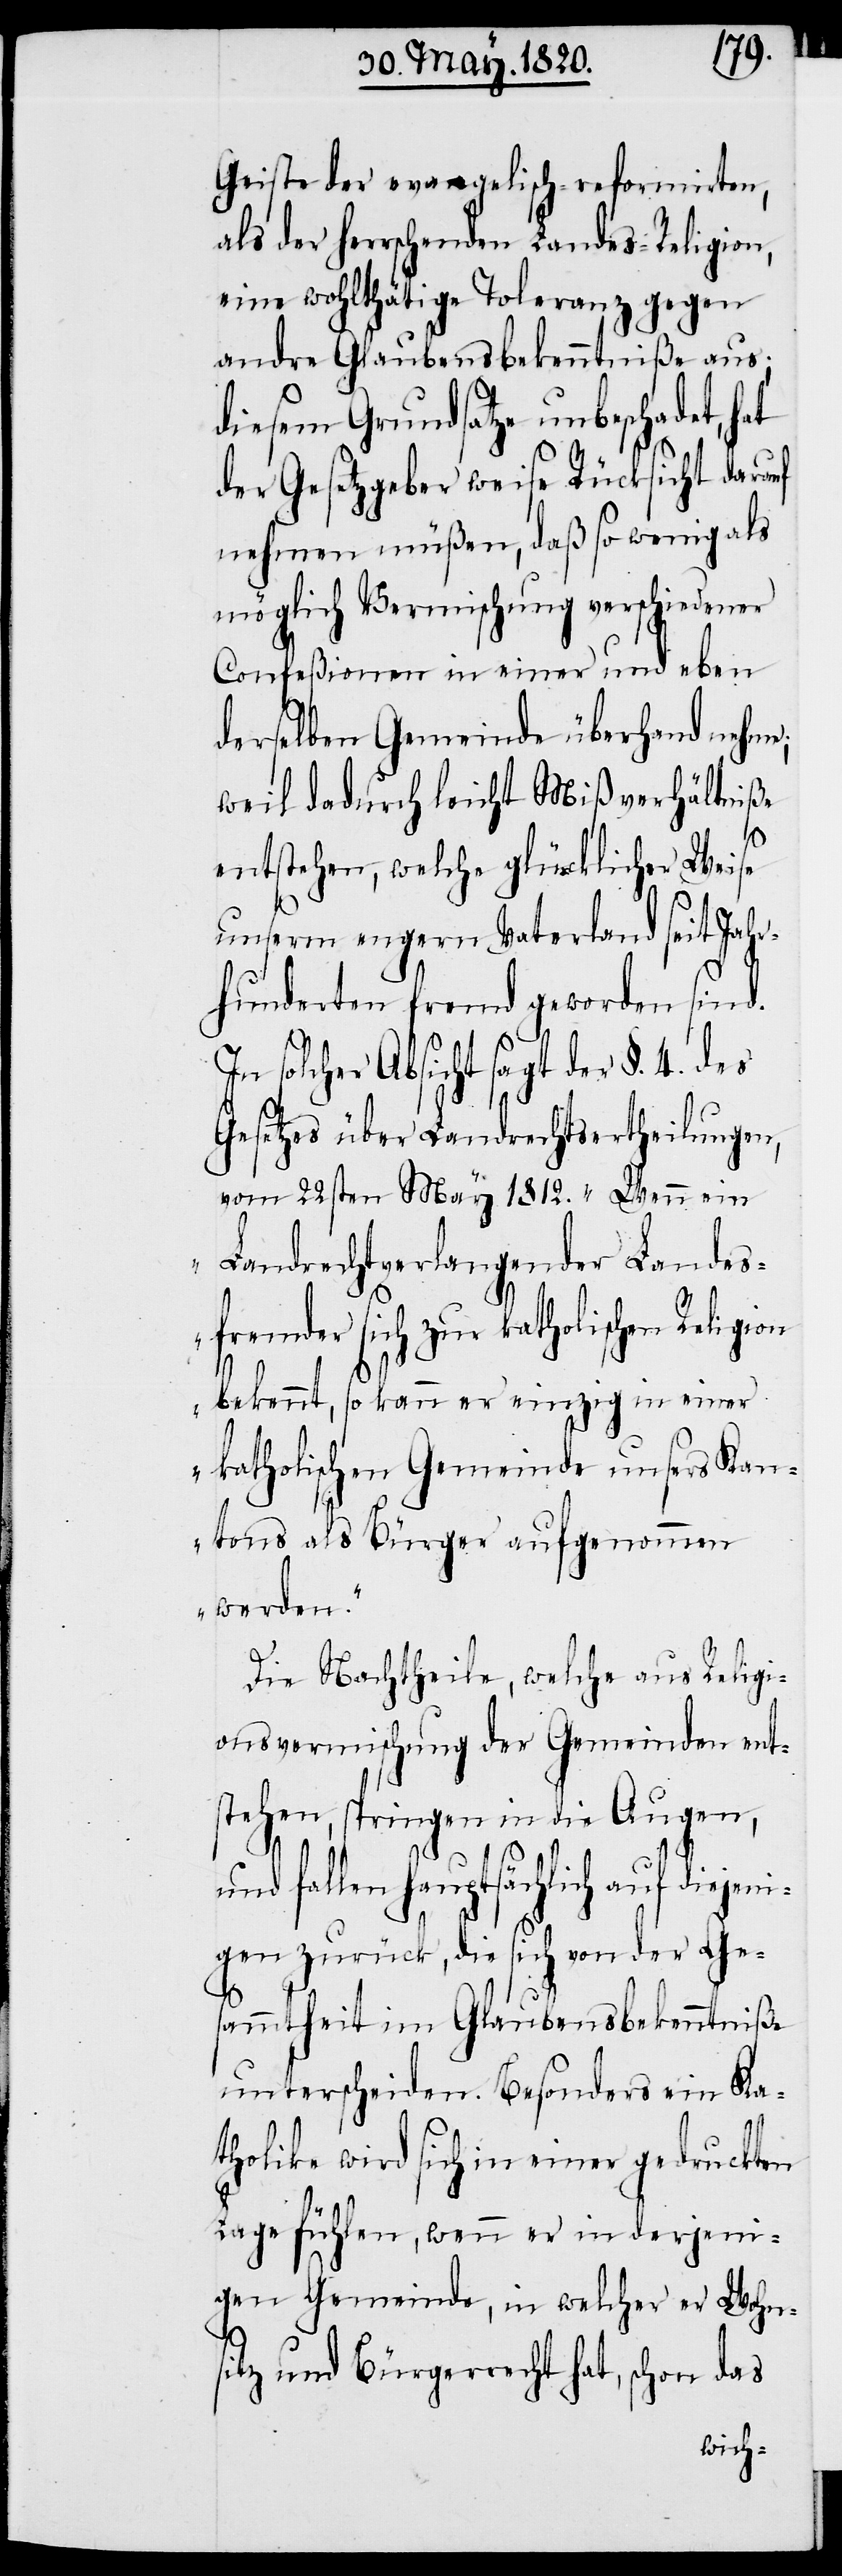
Geiste der evangelisch-reformirten,
als der herrschenden Landes-Religion,
eine wohlthätige Toleranz gegen
andre Glaubensbekenntniße aus;
diesen Grundsatze unbeschadet, hat
der Gesetzgeber weise Rücksicht darauf
nehmen müßen, daß so wenig als
möglich Vermischung verschiedener
Confeßionen in einer und eben
derselben Gemeinde überhand nehme;
weil dadurch leicht Mißverhältniße
entstehen, welche glücklicher Weise
unserm engern Vaterland seit Jahr¬
hunderten fremd geworden sind.
solcher Absicht sagt der §. 4. des
Gesetzes über Landrechtsertheilungen,
vom 22sten May 1812. „Wenn ein
Landrechtsverlangender Landes¬
fremder sich zur katholischen Religion
bekennt, so kann er einzig in einer
katholischen Gemeinde unsers Kan¬
tons als Bürger aufgenommen
werden.“
Die Nachtheile, welche aus Religi¬
onsvermischung der Gemeinden ent¬
stehen, springen in die Augen,
und fallen hauptsächlich auf dieje¬
nigen zurück, die sich von der Ge¬
sammtheit im Glaubensbekenntniße
unterscheiden. Besonders ein Ka¬
tholike wird sich in einer gedruckten
Lage fühlen, wenn er in derjeni¬
gen Gemeinde, in welcher er Wohn¬
sitz und Bürgerrecht hat, schon das